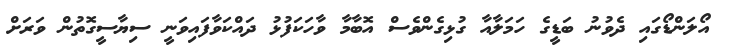
އޯލަންޑޯގައި ދެވުނު ބަޑީގެ ހަމަލާއާ ގުޅިގެންވެސް އޮބާމާ ވާހަކަފުޅު ދައްކަވާފައިވަނީ ސިޔާސީގޮތުން ވަރަށް